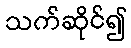
သက်ဆိုင်၍